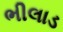
ભીલાડ